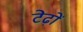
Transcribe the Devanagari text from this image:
टेढ़ों